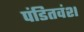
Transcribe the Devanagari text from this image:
पंडितवंश